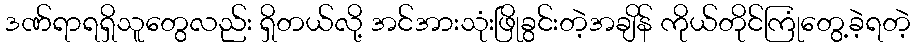
ဒဏ်ရာရရှိသူတွေလည်း ရှိတယ်လို့ အင်အားသုံးဖြိုခွင်းတဲ့အချိန် ကိုယ်တိုင်ကြုံတွေ့ခဲ့ရတဲ့